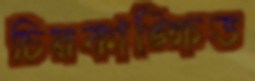
চিরকাঙ্ক্ষিত